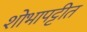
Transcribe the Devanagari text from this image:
शोभापट्टीत